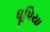
ધૂપિયા